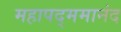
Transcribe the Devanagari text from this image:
महापद्ममानंद